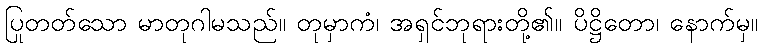
ပြုတတ်သော မာတုဂါမသည်။ တုမှာကံ၊ အရှင်ဘုရားတို့၏။ ပိဋ္ဌိတော၊ နောက်မှ။